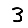
Digit: 3